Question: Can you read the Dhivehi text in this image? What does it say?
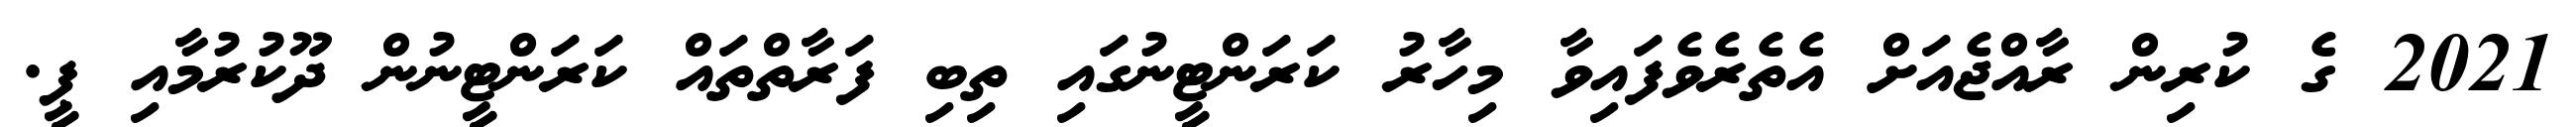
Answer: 2021 ގެ ކުރިން ރާއްޖެއަށް އެތެރެވެފައިވާ މިހާރު ކަރަންޓީނުގައި ތިބި ފަރާތްތައް ކަރަންޓީނުން ދޫކުރުމާއި ޕީ.